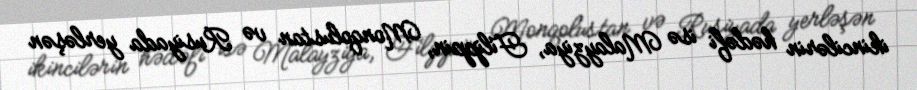
ikincilərin hədəfi isə Malayziya, Filippin, Monqolustan və Rusiyada yerləşən